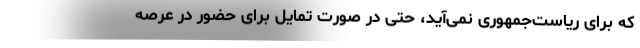
که برای ریاست‌جمهوری نمی‌آید، حتی در صورت تمایل برای حضور در عرصه